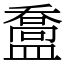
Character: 䀉